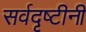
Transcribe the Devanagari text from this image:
सर्वदृष्टीनी